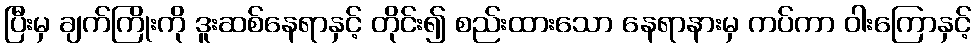
ပြီးမှ ချက်ကြိုးကို ဒူးဆစ်နေရာနှင့် တိုင်း၍ စည်းထားသော နေရာနားမှ ကပ်ကာ ဝါးကြောနှင့်